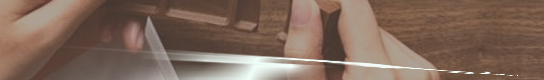
مركز تدريب الحاسوب لتعليم